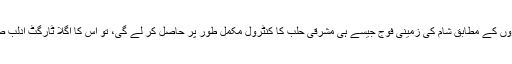
تجزیہ کاروں کے مطابق شام کی زمینی فوج جیسے ہی مشرقی حلب کا کنٹرول مکمل طور پر حاصل کر لے گی، تو اُس کا اگلا ٹارگٹ ادلب صوبہ ہوگا۔